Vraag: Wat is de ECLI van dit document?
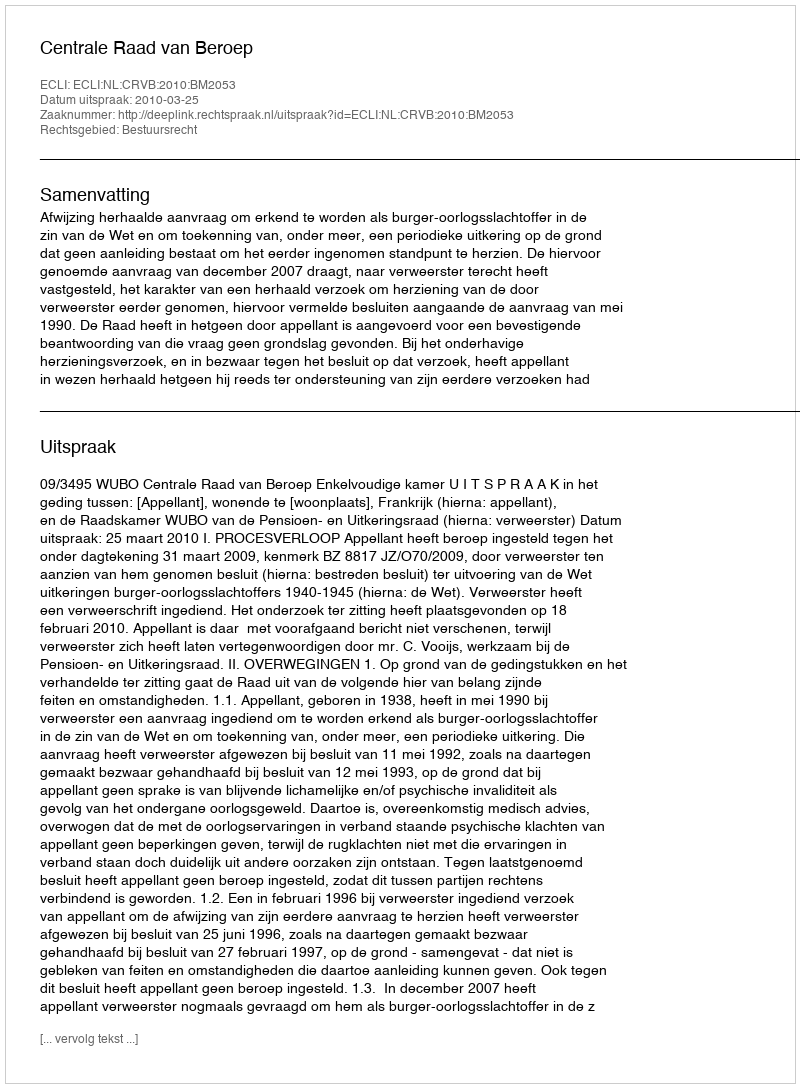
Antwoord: ECLI:NL:CRVB:2010:BM2053